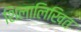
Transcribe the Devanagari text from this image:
शिलालिखित